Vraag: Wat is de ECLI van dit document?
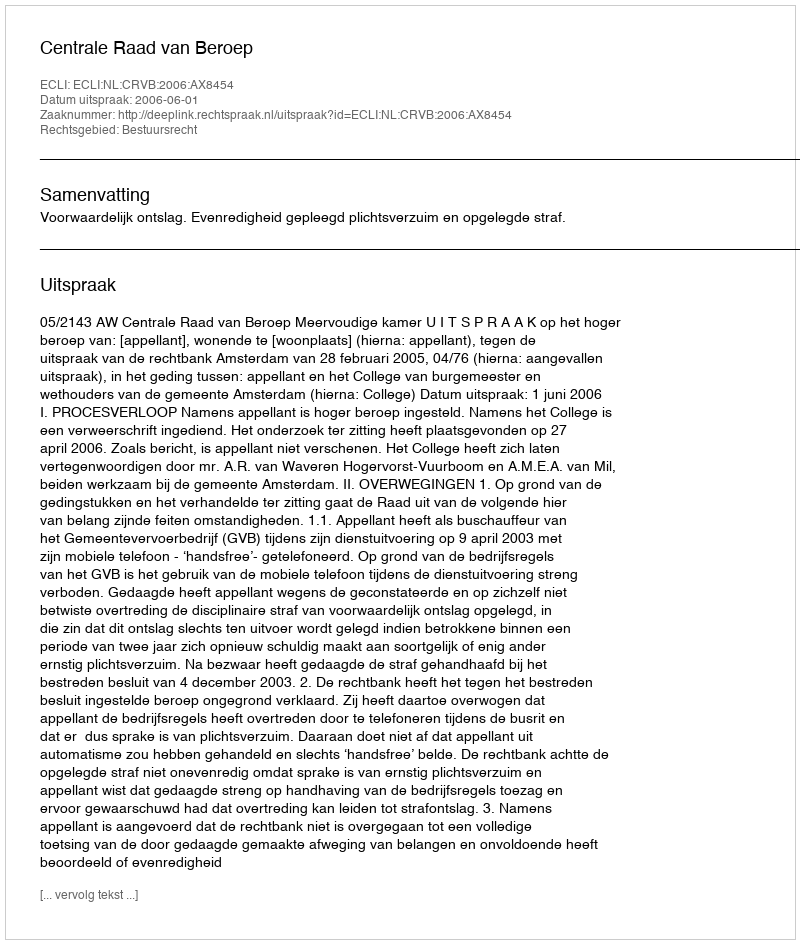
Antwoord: ECLI:NL:CRVB:2006:AX8454